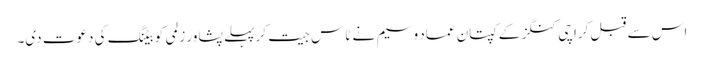
اس سے قبل کراچی کنگز کے کپتان عماد وسیم نے ٹاس جیت کر پہلے پشاور زلمی کو بیٹنگ کی دعوت دی۔